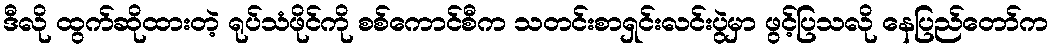
ဒီလို ထွက်ဆိုထားတဲ့ ရုပ်သံဖိုင်ကို စစ်ကောင်စီက သတင်းစာရှင်းလင်းပွဲမှာ ဖွင့်ပြသလို နေပြည်တော်က